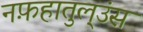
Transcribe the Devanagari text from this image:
नफ़हातुल्उंस